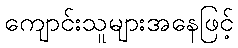
ကျောင်းသူများအနေဖြင့်